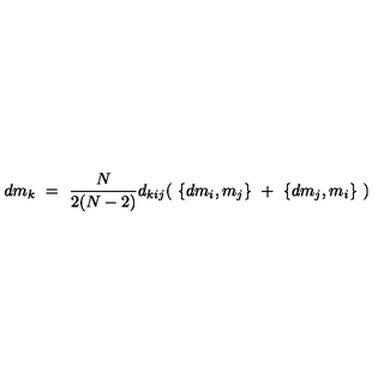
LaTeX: d m _ { k } \ = \ \frac { N } { 2 ( N - 2 ) } d _ { k i j } ( \ \{ d m _ { i } , m _ { j } \} \ + \ \{ d m _ { j } , m _ { i } \} \ )